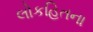
લોકહિતના